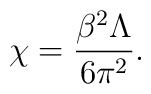
\chi=\frac{\beta^{2} \Lambda}{6 \pi^{2}}.